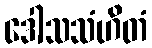
ဒေါသသံဟိတံ